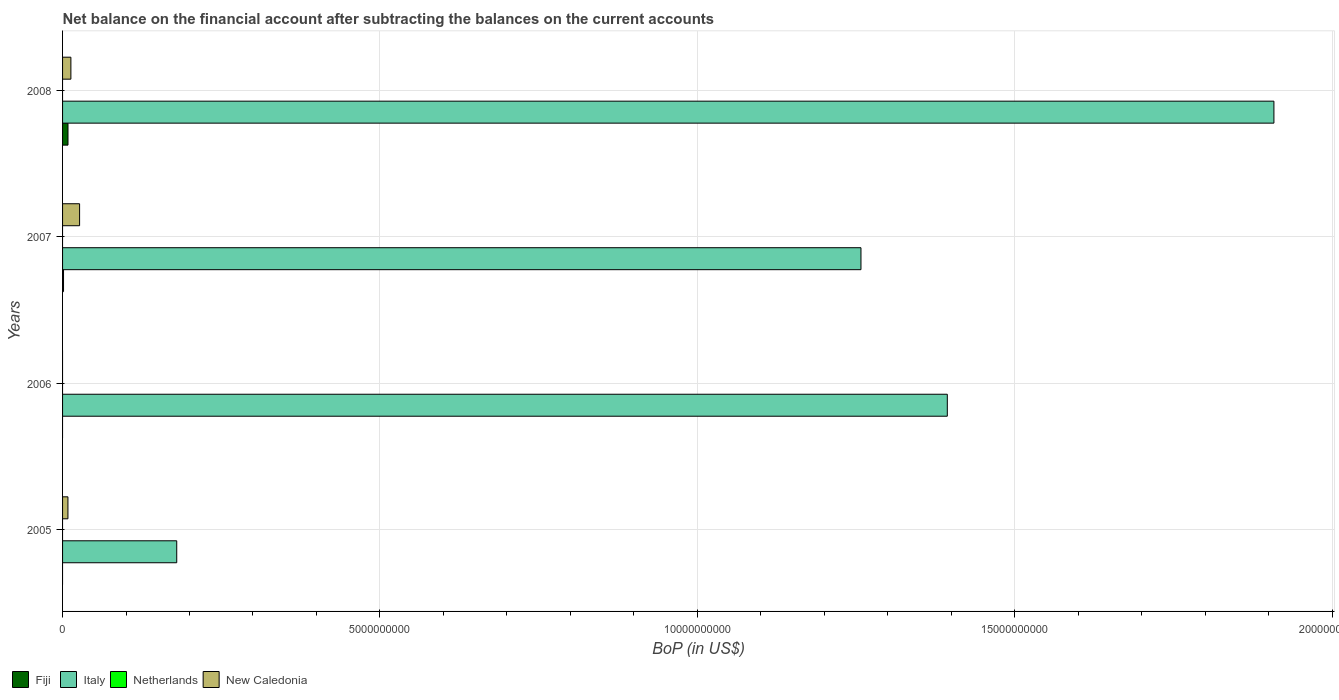
| Years | Fiji | Italy | Netherlands | New Caledonia |
 | --- | --- | --- | --- | --- |
 | 2005 | -1.18e+08 | 1.8e+09 | -9.33e+09 | 8.45e+07 |
 | 2006 | -1.64e+08 | 1.39e+10 | -2.15e+09 | -6.97e+07 |
 | 2007 | 1.53e+07 | 1.26e+10 | -2.56e+09 | 2.68e+08 |
 | 2008 | 8.55e+07 | 1.91e+10 | -3.64e+09 | 1.31e+08 |